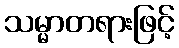
သမ္မာတရားဖြင့်